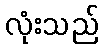
လုံးသည်